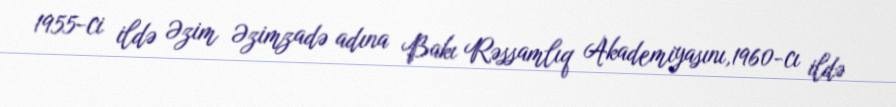
1955-ci ildə Əzim Əzimzadə adına Bakı Rəssamlıq Akademiyasını,1960-cı ildə